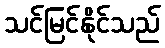
သင်မြင်နိုင်သည်